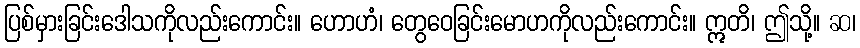
ပြစ်မှားခြင်းဒေါသကိုလည်းကောင်း။ ဟောဟံ၊ တွေဝေခြင်းမောဟကိုလည်းကောင်း။ ဣတိ၊ ဤသို့။ ဆ၊